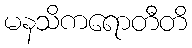
မနသိကရောတီတိ